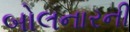
બોલનારની